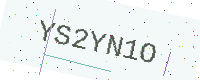
Text: YS2YN1O